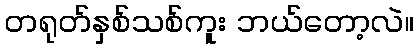
တရုတ်နှစ်သစ်ကူး ဘယ်တော့လဲ။